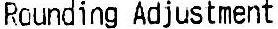
ROUNDING ADJUSTMENT